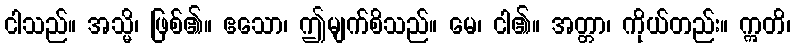
ငါသည်။ အသ္မိ၊ ဖြစ်၏။ ဧသော၊ ဤမျက်စိသည်။ မေ၊ ငါ၏။ အတ္တာ၊ ကိုယ်တည်း။ ဣတိ၊